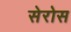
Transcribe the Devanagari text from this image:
सेरोस